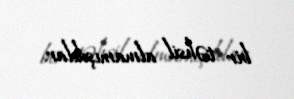
bir təhsil almamışdılar.